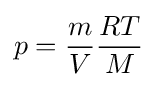
p={\frac {m}{V}}{\frac {RT}{M}}